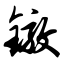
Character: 镦